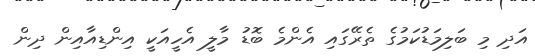
އަދި މި ބަލިމަޑުކަމުގެ ތެރޭގައި އެންމެ ބޮޑު މާލީ އެހީއަކީ އިންޑިއާއިން ދިން